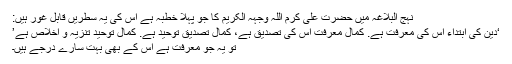
نہج البلاغہ میں حضرت علی کرم اللہ وجہہ الکریم کا جو پہلا خطبہ ہے اس کی یہ سطریں قابل غور ہیں:
‘دین کی ابتداء اس کی معرفت ہے. کمالِ معرفت اس کی تصدیق ہے، کمالِ تصدیق توحید ہے. کمالِ توحید تنزیہ و اخلاص ہے’
تو یہ جو معرفت ہے اس کے بھی بہت سارے درجے ہیں۔